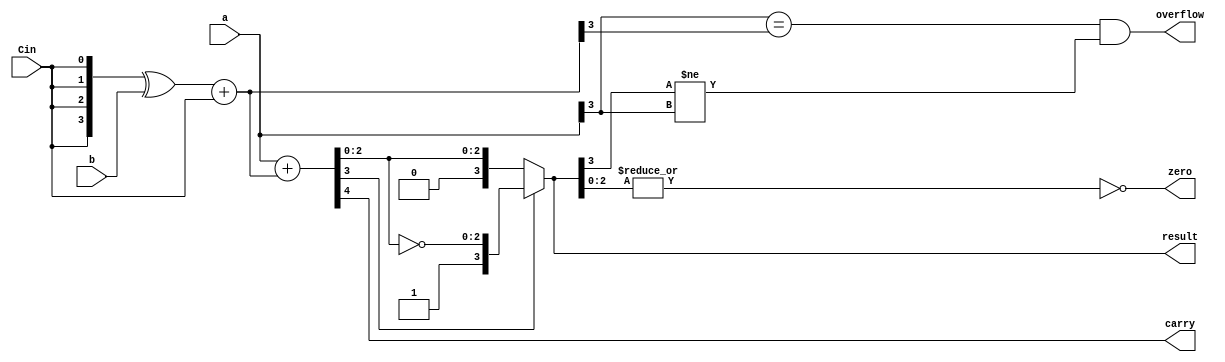
module adder(
	input [3:0] a,
	input [3:0] b,
	input Cin,

	output [3:0] result,
	output carry,
	output zero,
	output overflow
	);

	wire [3:0] t_add_Cin;
	wire [3:0] result0;

	assign t_add_Cin =( {4{Cin}}^b ) + {3'b000, Cin};  
	assign { carry, result0 } = a + t_add_Cin;
	//
	assign result = result0[3]?{ result0[3], ~result0[2:0] } : result0;
	assign overflow = (a[3] == t_add_Cin[3]) && (result[3] != a[3]);
	assign zero = ~(|result[2:0]);
endmodule